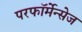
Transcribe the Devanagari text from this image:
परफॉर्मेन्सेज